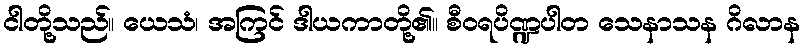
ငါတို့သည်။ ယေသံ၊ အကြင် ဒါယကာတို့၏။ စီဝရပိဏ္ဍပါတ သေနာသန ဂိလာန